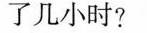
了几小时?